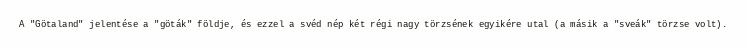
A "Götaland" jelentése a "göták" földje, és ezzel a svéd nép két régi nagy törzsének egyikére utal (a másik a "sveák" törzse volt).